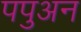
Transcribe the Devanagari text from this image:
पपुअन